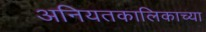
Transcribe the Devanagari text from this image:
अनियतकालिकाच्या